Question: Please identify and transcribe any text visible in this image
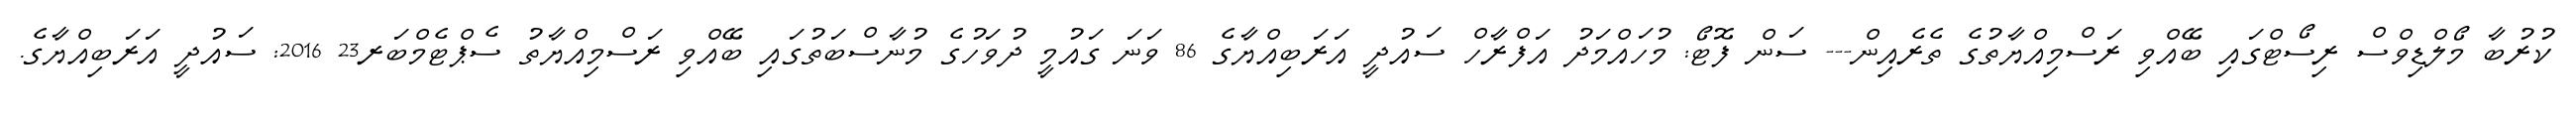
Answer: ކުރުބާ މޯލްޑިވްސް ރިސޯޓްގައި ބޭއްވި ރަސްމިއްޔާތުގެ ތެރެއިން--- ސަން ފޮޓޯ: މުހައްމަދު އަފްރާހް ސައުދީ އަރަބިއްޔާގެ 86 ވަނަ ގައުމީ ދުވަހުގެ މުނާސްބަތުގައި ބޭއްވި ރަސްމިއްޔާތު ސެޕްޓެމްބަރ23 2016: ސައުދީ އަރަބިއްޔާގެ.